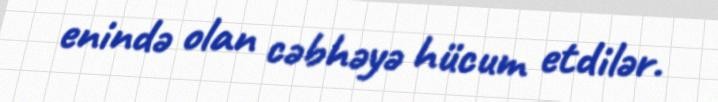
enində olan cəbhəyə hücum etdilər.